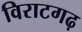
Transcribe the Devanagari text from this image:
विराटगढ़